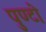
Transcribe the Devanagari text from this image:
पुण्टो